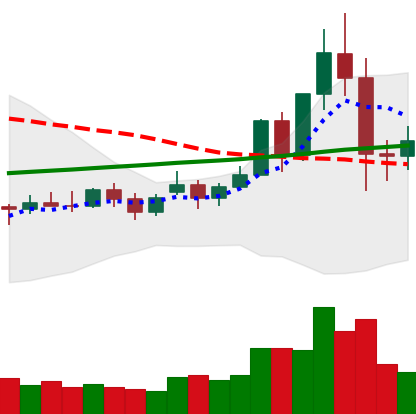
Ticker: NEO-USD
Chart end date: 2020-11-28
Forward return: 7.095%
Label: up_7plus